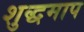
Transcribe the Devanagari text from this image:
शुद्धमाप